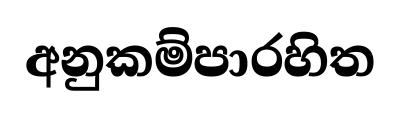
අනුකම්පාරහිත